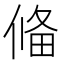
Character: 偹